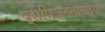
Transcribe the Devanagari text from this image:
प्राणिजगतातल्या